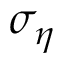
\sigma _ { \eta }